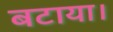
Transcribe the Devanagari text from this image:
बटाया।